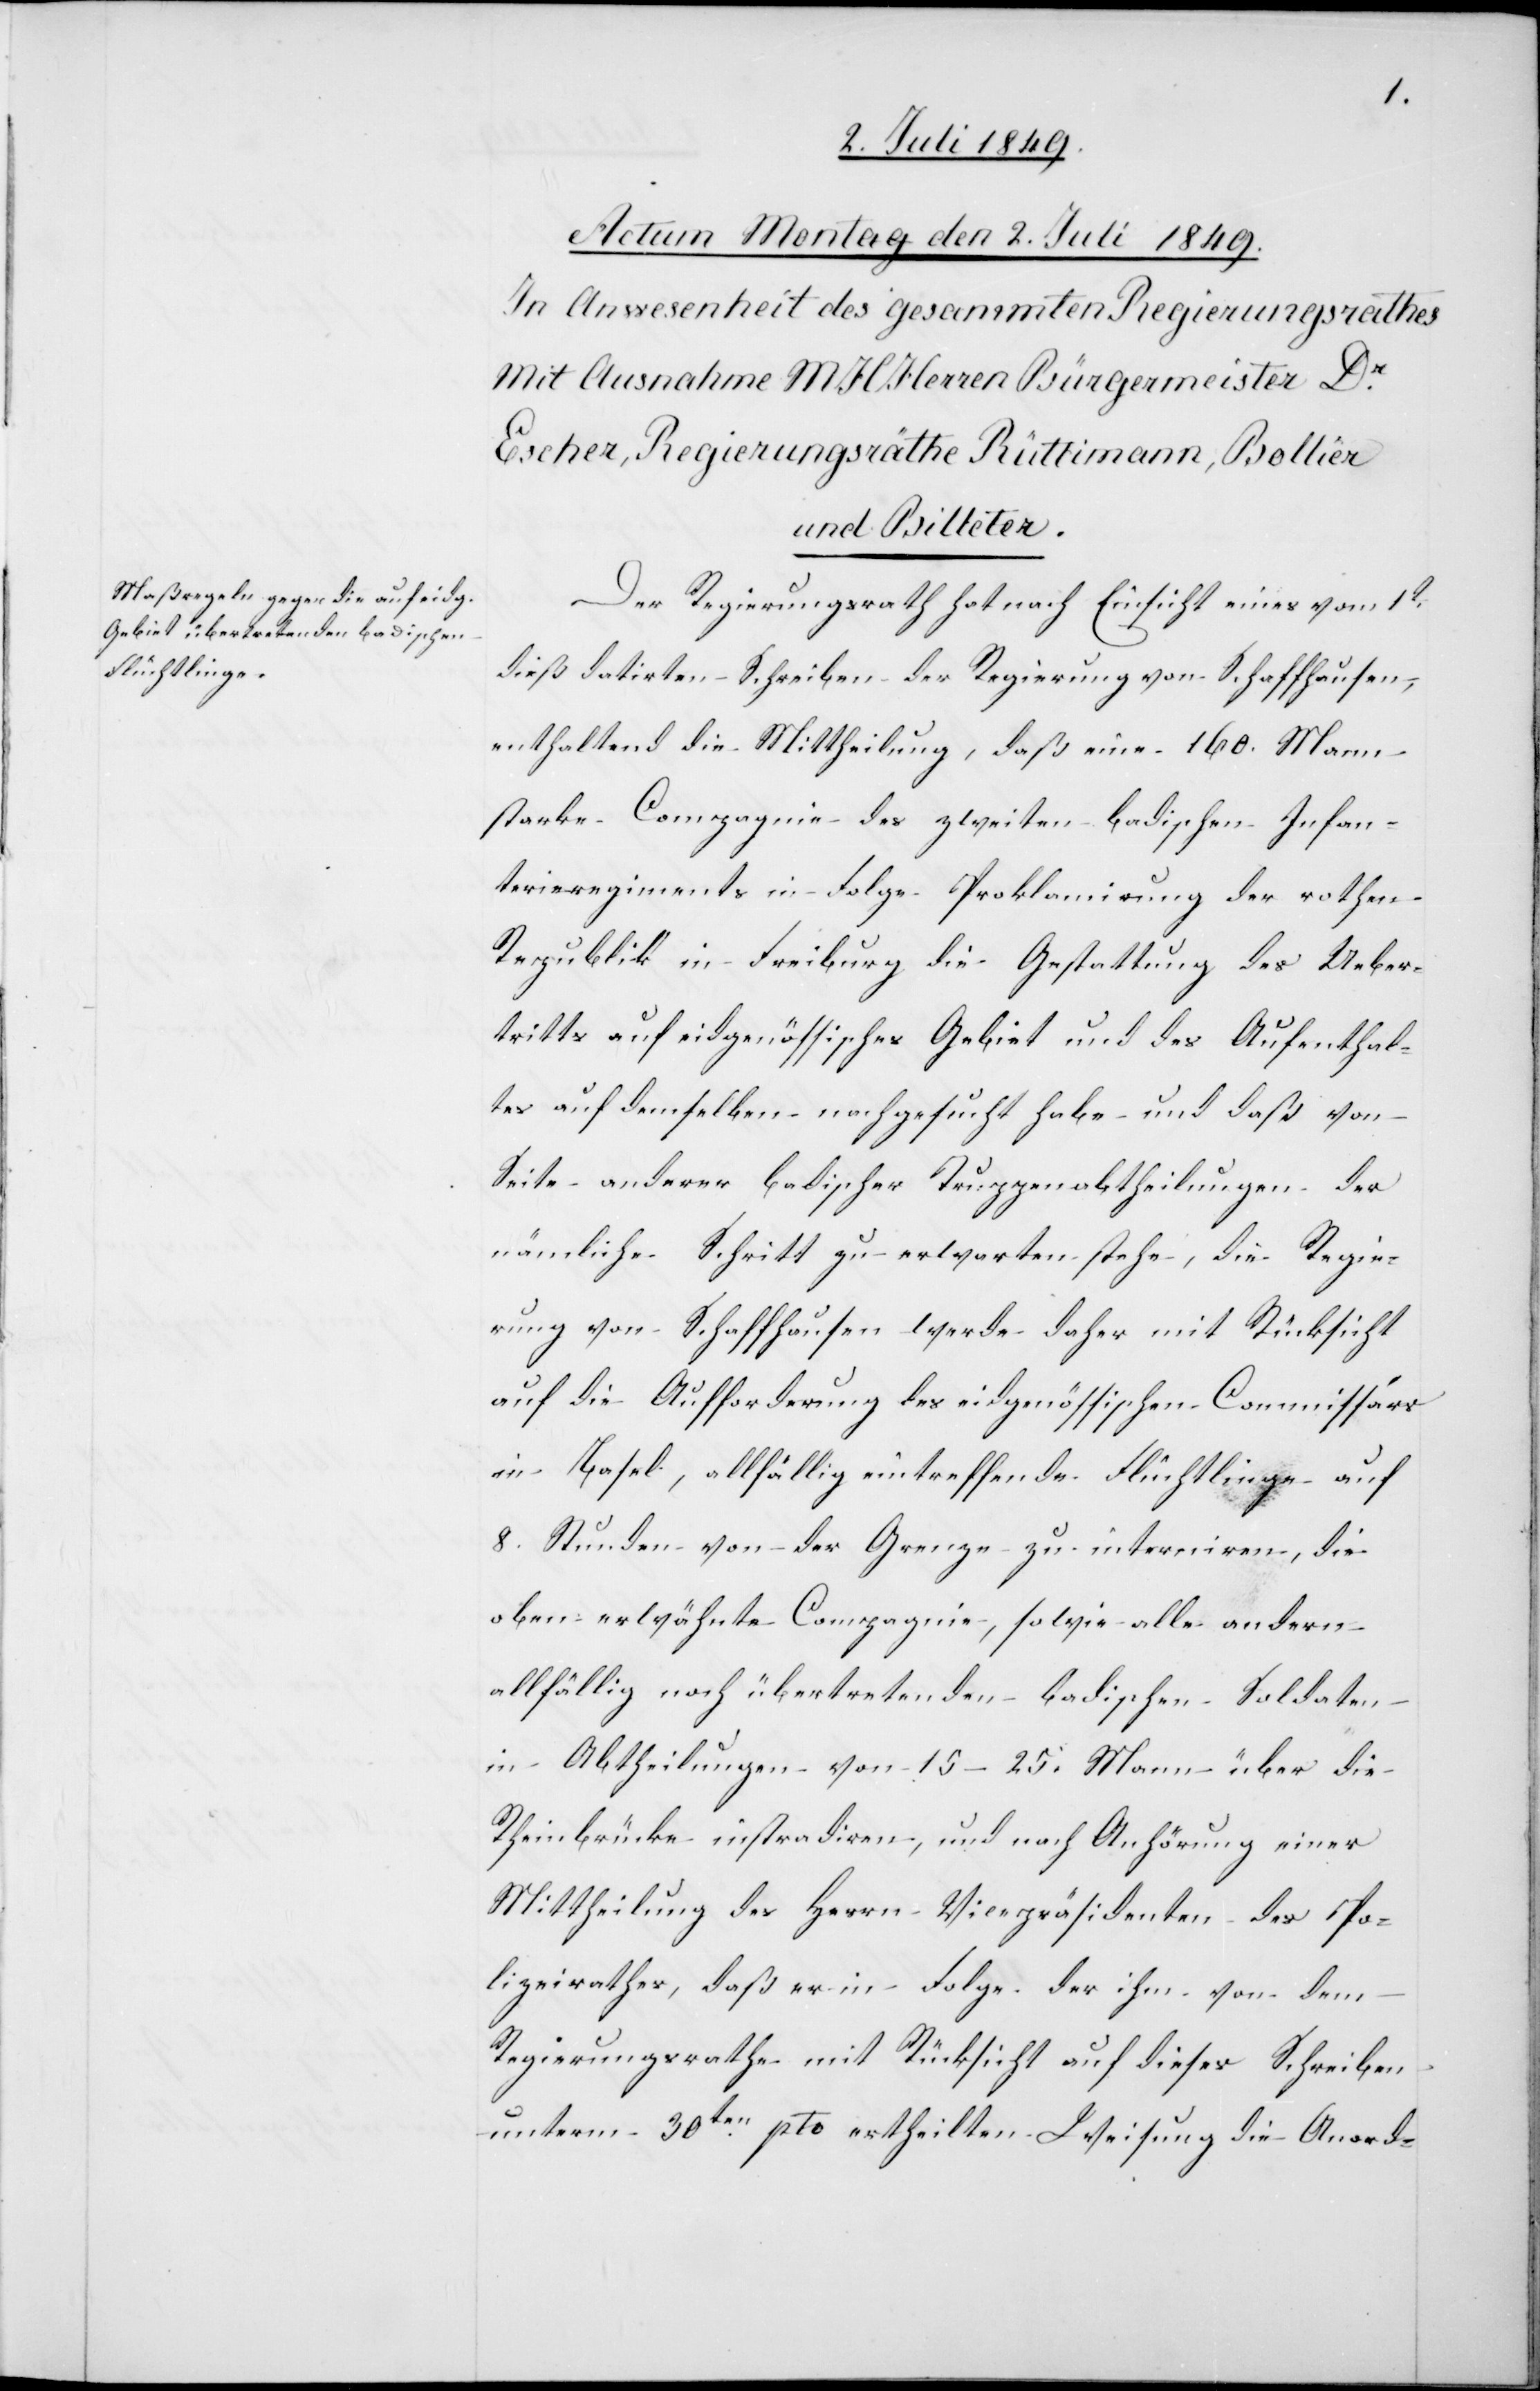
Der Regierungsrath hat nach Einsicht eines vom 1t
dieß datirten Schreiben der Regierung von Schaffhausen,
enthaltend die Mittheilung, daß eine 160. Mann
starke Compagnie des zweiten badischen Infan¬
terieregiments in Folge Proklamirung der rothen
Republik in Freiburg die Gestattung des Ueber¬
tritts auf eidgenössisches Gebiet und des Aufenthal¬
tes auf demselben nachgesucht habe und daß von
Seite anderer badischer Truppenabtheilungen der
nämliche Schritt zu erwarten stehe, die Regie¬
rung von Schaffhausen werde daher mit Rücksicht
auf die Aufforderung des eidgenössischen Commissärs
in Basel, allfällig eintreffende Flüchtlinge auf
8. Stunden von der Grenze zu interniren, die
oben erwähnte Compagnie, sowie alle andern
allfällig nach übertretenden badischen Soldaten
in Abtheilungen von 15–25. Mann über die
Rheinbrücke instradiren, und nach Anhörung einer
Mittheilung des Herrn Vicepräsidenten des Po¬
lizeirathes, daß er in Folge der ihm von dem
Regierungsrathe mit Rücksicht auf dieses Schreiben
unterm 30ten pto. ertheilten Weisung die Anord-